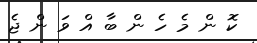
ކޮ ން މެ ހެ ން ބާ އް ވަ ން ޖެ